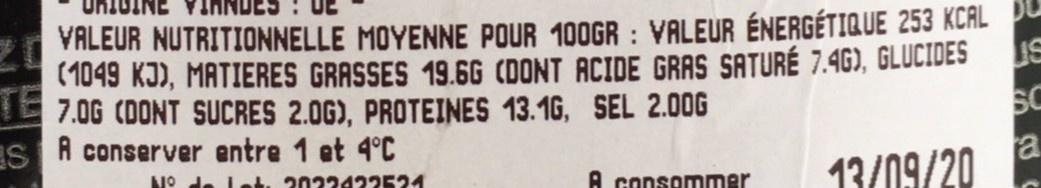
VALEUR NUTRITIONNELLE MOYENNE POUR 100GR : VALEUR ÉNERGÉTIQUE 253 KCAL DU (1049 KJ), MATIERES GRASSES 19.6G CDONT ACIDE GRAS SATURÉ 7.4G), GLUCIDES E 7.0G (DONT SUCRES 2.0G), PROTEINES 13.16, SEL 2.00G IS A conserver entre 1 et 4°C
SC a
NO de Le. 2022422521
13/09/20
A consommer